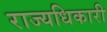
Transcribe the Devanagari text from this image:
राज्यधिकारी